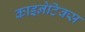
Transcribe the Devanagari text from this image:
काइनेटिक्स